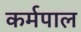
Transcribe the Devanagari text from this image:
कर्मपाल